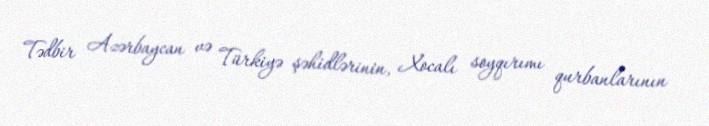
Tədbir Azərbaycan və Türkiyə şəhidlərinin, Xocalı soyqırımı qurbanlarının